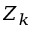
Z _ { k }